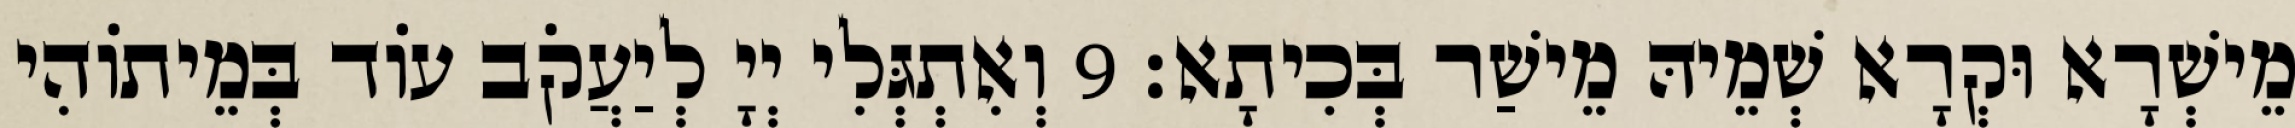
מֵישְׁרָא וּקְרָא שְׁמֵיהּ מֵישַׁר בְּכִיתָא׃ 9 וְאִתְגְּלִי יְיָ לְיַעֲקֹב עוֹד בְּמֵיתוֹהִי